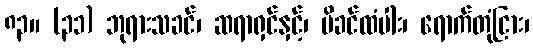
၈၃။ (၃၁) ဘုရားသခင်၊ ဆရာရှင်နှင့်၊ မိခင်ထံပါး၊ ရောက်တုံငြား၊